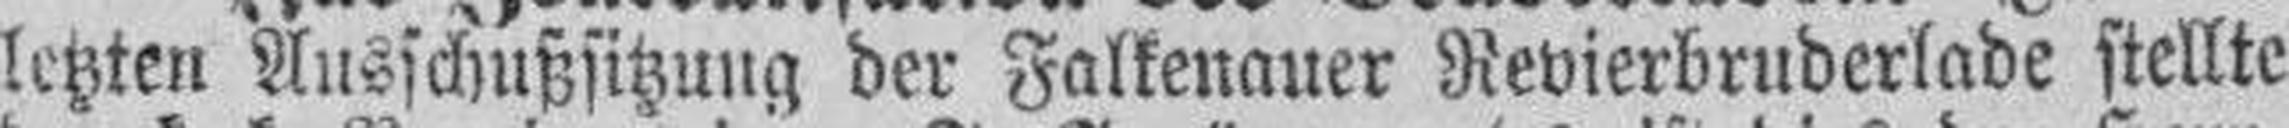
letzten Äusschußsitzung der Falkenauer Revierbruderlade stellte